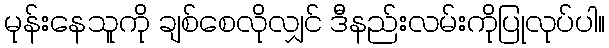
မုန်းနေသူကို ချစ်စေလိုလျှင် ဒီနည်းလမ်းကိုပြုလုပ်ပါ။